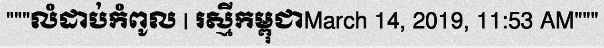
"""លំដាប់កំពូល | រស្មីកម្ពុជាMarch 14, 2019, 11:53 AM"""